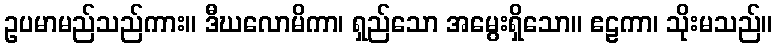
ဥပမာမည်သည်ကား။ ဒီဃလောမိကာ၊ ရှည်သော အမွေးရှိသော။ ဧဠကာ၊ သိုးမသည်။